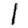
Digit: 1